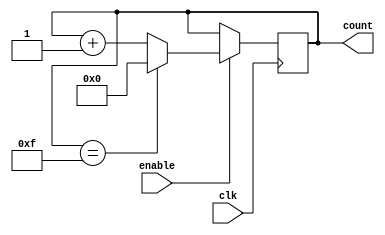
module binary_up_counter(
    input wire clk,
    input wire enable,
    output reg [3:0] count
);

always @(posedge clk) begin
    if(enable) begin
        if(count == 4'b1111)
            count <= 4'b0000;
        else
            count <= count + 1;
    end
end

endmodule